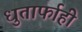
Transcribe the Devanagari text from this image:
धुतार्फाही